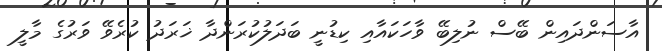
އާސަންދައިން ބޭސް ނުލިބޭ ވާހަކައާއި ކިޑުނީ ބަދަލުކުރަންދާ ޚަރަދު ކުރެވޭ ވަރުގެ މާލީ